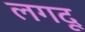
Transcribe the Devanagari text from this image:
लगदू